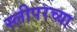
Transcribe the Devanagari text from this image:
स्लीपरच्या